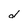
Character: d